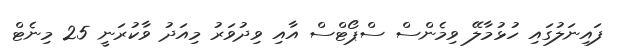
ފައިނަލުގައި ހުޅުމާލޭ ވިމެންސް ސްޕޯޓްސް އާއި ވިދުވަރު މިއަދު ވާކުރަނީ 25 މިނެޓް